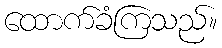
ထောက်ခံကြသည်။